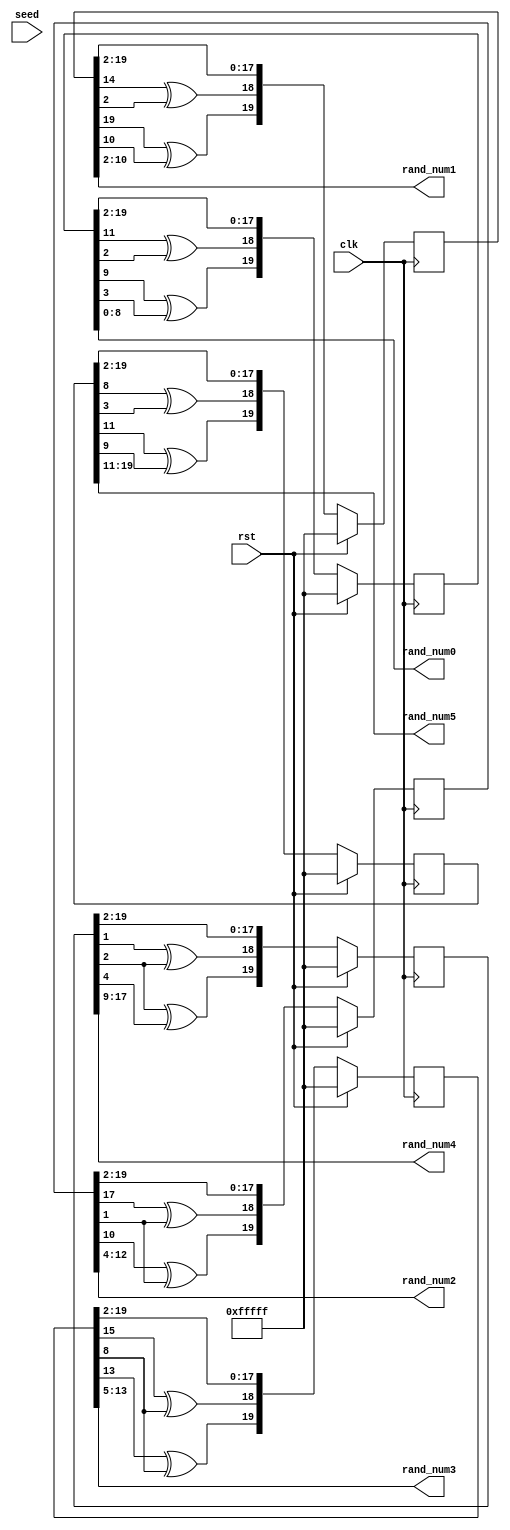
module random2(
    input rst,
    input clk,
    input[19:0] seed,
    output [8:0] rand_num0,
    output [8:0] rand_num1,
    output [8:0] rand_num2,
    output [8:0] rand_num3,
    output [8:0] rand_num4,
    output [8:0] rand_num5

    );
    
reg[19:0] sreg0, sreg1, sreg2, sreg3, sreg4, sreg5; 
wire [1:0] fd_back0, fd_back1, fd_back2, fd_back3, fd_back4, fd_back5;

    assign seed = -1;
    assign fd_back0[0] = sreg0[11] ^ sreg0[2];
    assign fd_back0[1] = sreg0[9] ^ sreg0[3];
    
    assign fd_back1[0] = sreg1[14] ^ sreg1[2];
    assign fd_back1[1] = sreg1[19] ^ sreg1[10];
    
    assign fd_back2[0] = sreg2[17] ^ sreg2[1];
    assign fd_back2[1] = sreg2[10] ^ sreg2[1];
    
    assign fd_back3[0] = sreg3[15] ^ sreg3[8];
    assign fd_back3[1] = sreg3[13] ^ sreg3[8];
    
    assign fd_back4[0] = sreg4[1] ^ sreg4[2];
    assign fd_back4[1] = sreg4[2] ^ sreg4[4];
    
    assign fd_back5[0] = sreg5[8] ^ sreg5[3];
    assign fd_back5[1] = sreg5[11] ^ sreg5[9];

   
    always @ (posedge clk) begin
        if(rst) begin 
            sreg0 <= seed;
            sreg1 <= seed;
            sreg2 <= seed;
            sreg3 <= seed;
            sreg4 <= seed;
            sreg5 <= seed;
        end
        else begin
            sreg0 <= {fd_back0, sreg0[19:2]};
            sreg1 <= {fd_back1, sreg1[19:2]};
            sreg2 <= {fd_back2, sreg2[19:2]};
            sreg3 <= {fd_back3, sreg3[19:2]};
            sreg4 <= {fd_back4, sreg4[19:2]};
            sreg5 <= {fd_back5, sreg5[19:2]};
        end
    end
    
    assign rand_num0 = sreg0[8:0];
    assign rand_num1 = sreg1[10:2];
    assign rand_num2 = sreg2[12:4];
    assign rand_num3 = sreg3[13:5];
    assign rand_num4 = sreg4[17:9];
    assign rand_num5 = sreg5[19:11];

endmodule